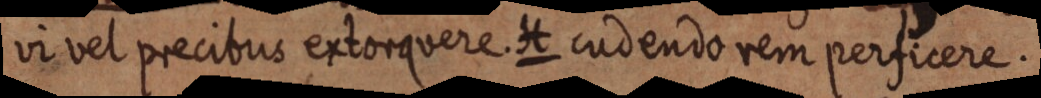
vi vel precibus extorquere. H cudendo rem perficere.